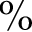
\%